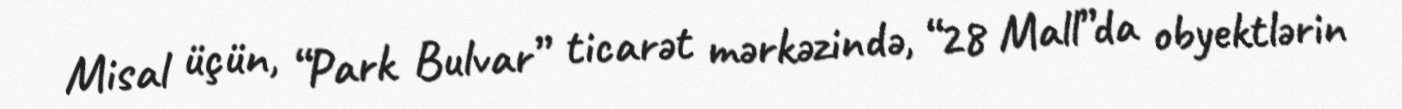
Misal üçün, “Park Bulvar” ticarət mərkəzində, “28 Mall”da obyektlərin